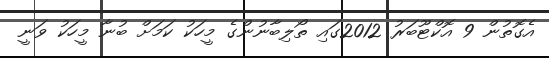
އެގޮތުން 9 އޮކްޓޫބަރު 2012ގައި ތޯލިބާނުންގެ މީހަކު ކަމަށް ބުނާ މީހަކު ވަނީ